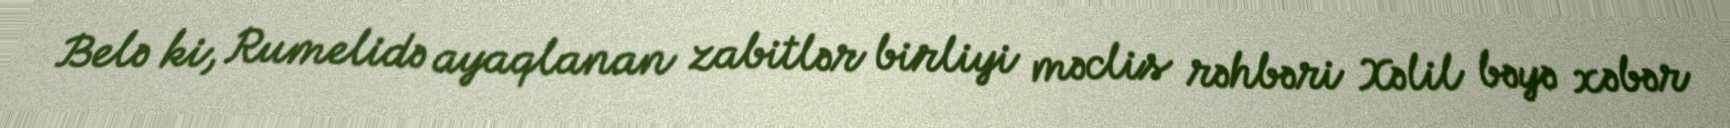
Belə ki, Rumelidə ayaqlanan zabitlər birliyi məclis rəhbəri Xəlil bəyə xəbər